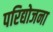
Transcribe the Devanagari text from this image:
परिद्योजना